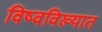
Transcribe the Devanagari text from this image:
विष्वविख्यात